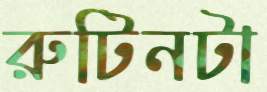
রুটিনটা